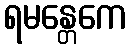
ရမန္တေကေ